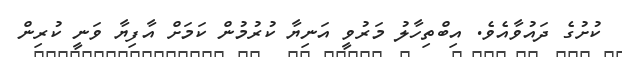
ކުށުގެ ދައުވާއެވެ. އިބްތިހާލު މަރުވީ އަނިޔާ ކުރުމުން ކަމަށް އާފިޔާ ވަނީ ކުރިން